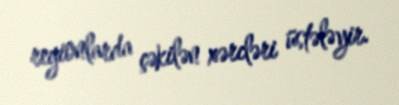
regionlarda çəkilən xərcləri üstələyir.